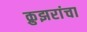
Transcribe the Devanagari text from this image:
क्रुझरांचा